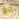
مع